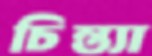
চিন্ত্যা